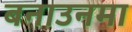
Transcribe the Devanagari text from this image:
बनाउनमा